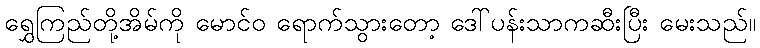
ရွှေကြည်တို့အိမ်ကို မောင်ဝ ရောက်သွားတော့ ဒေါ်ပန်းသာကဆီးပြီး မေးသည်။